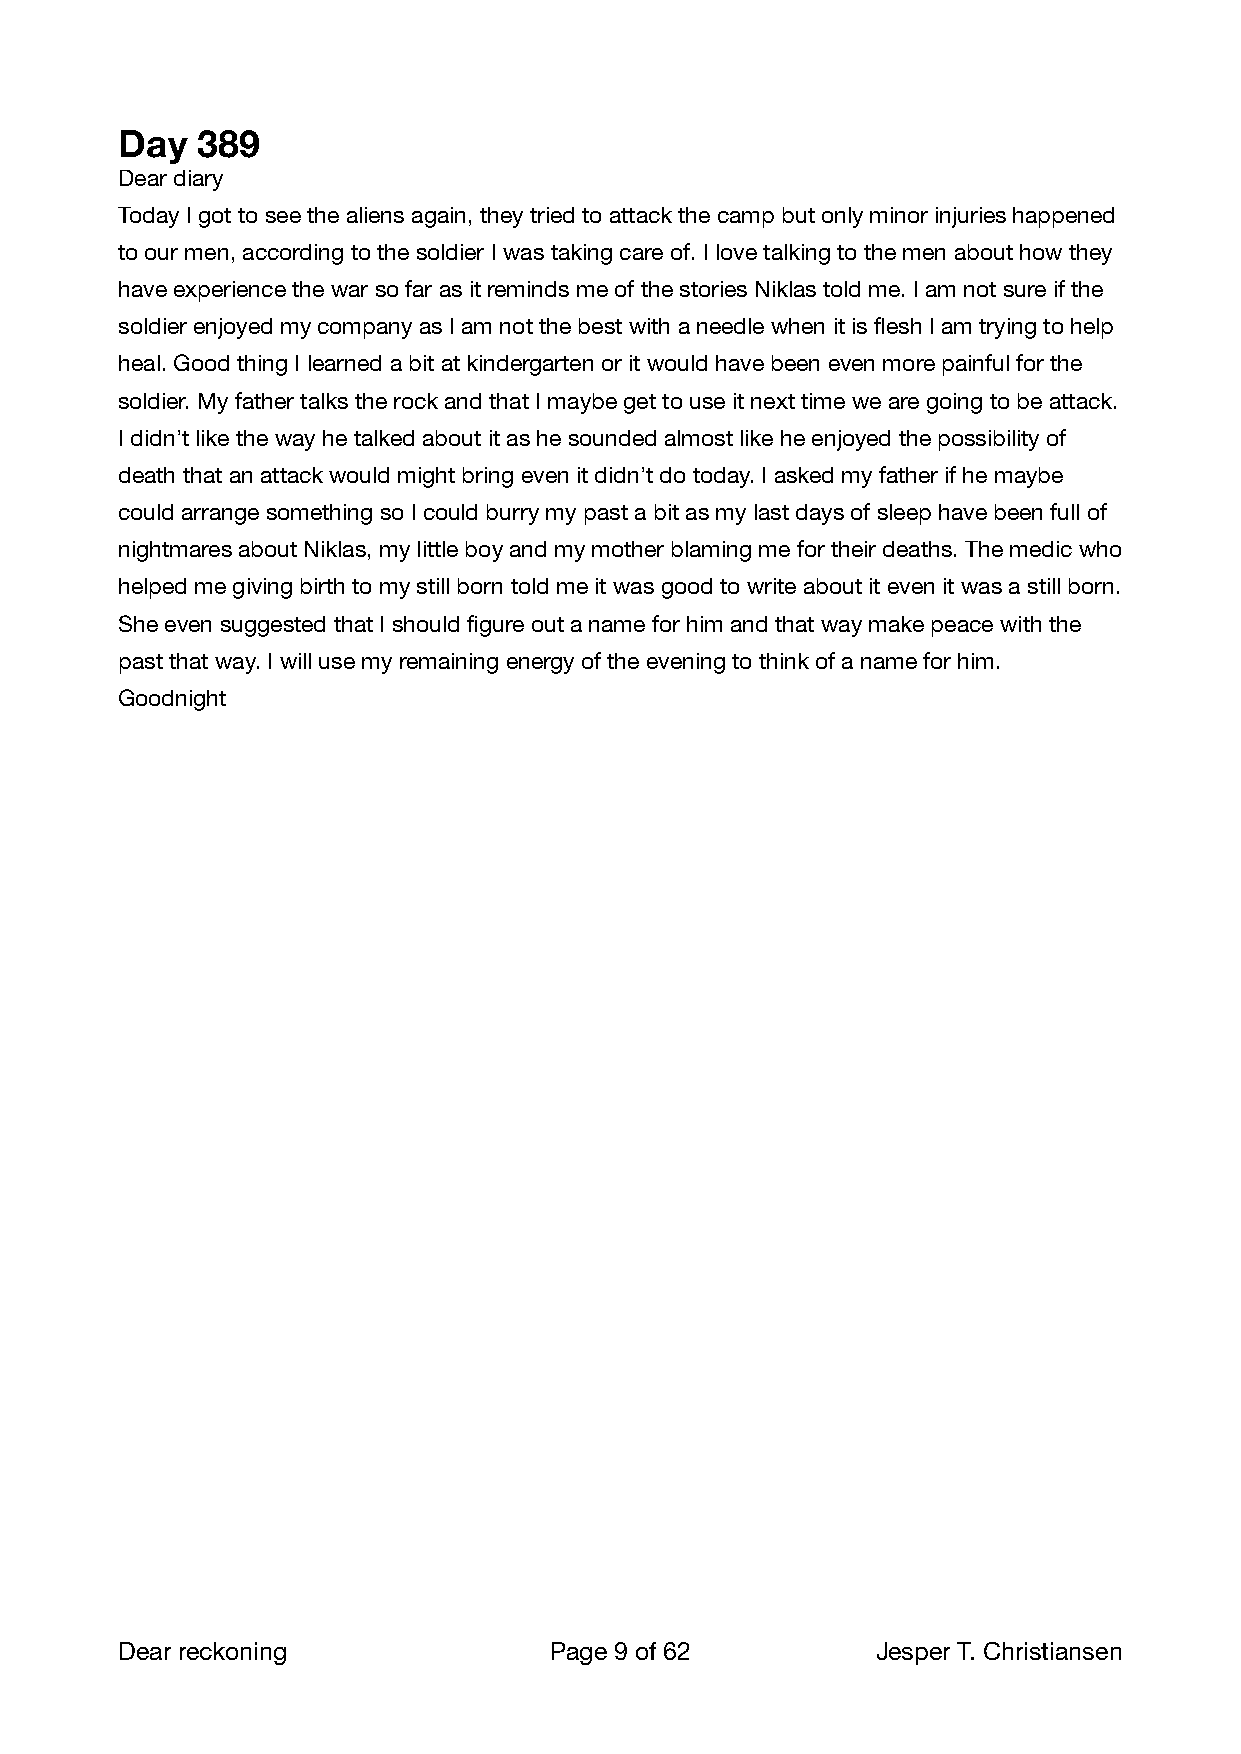
Day  389
 Dear diary
 Today I got to see the aliens again, they tried to attack the camp but only minor injuries happened
 to our men, according to the soldier I was taking care of. I love talking to the men about how they
 have experience the war so far as it reminds me of the stories Niklas told me. I am not sure if the
 soldier enjoyed my company as I am not the best with a needle when it is flesh I am trying to help
 heal. Good thing I learned a bit at kindergarten or it would have been even more painful for the
 soldier. My father talks the rock and that I maybe get to use it next time we are going to be attack.
 I didn’t like the way he talked about it as he sounded almost like he enjoyed the possibility of
 death that an attack would might bring even it didn’t do today. I asked my father if he maybe
 could arrange something so I could burry my past a bit as my last days of sleep have been full of
 nightmares about Niklas, my little boy and my mother blaming me for their deaths. The medic who
 helped me giving birth to my still born told me it was good to write about it even it was a still born.
 She even suggested that I should figure out a name for him and that way make peace with the
 past that way. I will use my remaining energy of the evening to think of a name for him.
 Goodnight
 Dear reckoning              Page 9 of 62         Jesper T. Christiansen